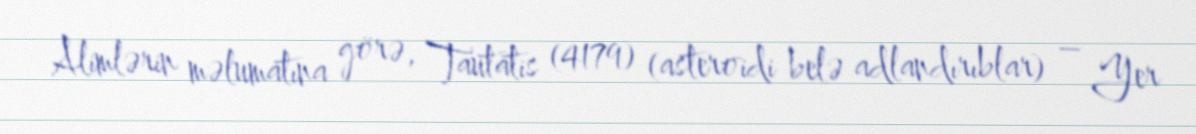
Alimlərin məlumatına görə, Tautatis (4179) (asteroidi belə adlandırıblar) – Yer